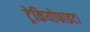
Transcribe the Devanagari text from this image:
ट्रेकियोफाइटा